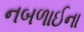
નબળાઈના